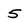
Character: 5